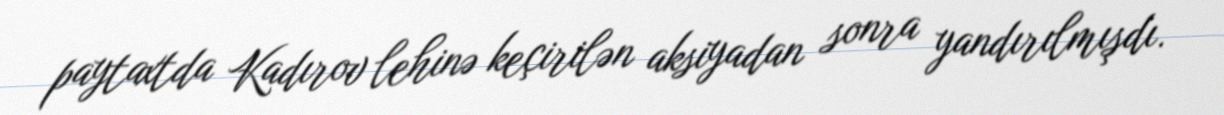
paytaxtda Kadırov lehinə keçirilən aksiyadan sonra yandırılmışdı.